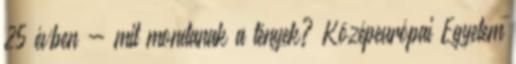
25 évben - mit mondanak a tények? Középeurópai Egyetem